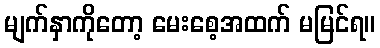
မျက်နှာကိုတော့ မေးစေ့အထက် မမြင်ရ။